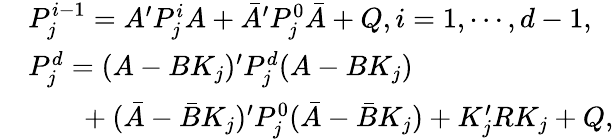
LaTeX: \begin{array}{rl}&{P_{j}^{i-1}=A^{\prime}P_{j}^{i}A+\bar{A}^{\prime}P_{j}^{0}\bar{A}+Q,i=1,\cdots,d-1,}\\ &{P_{j}^{d}=(A-BK_{j})^{\prime}P_{j}^{d}(A-BK_{j})}\\ &{~~~~~~~+(\bar{A}-\bar{B}K_{j})^{\prime}P_{j}^{0}(\bar{A}-\bar{B}K_{j})+K_{j}^{\prime}RK_{j}+Q,}\end{array}